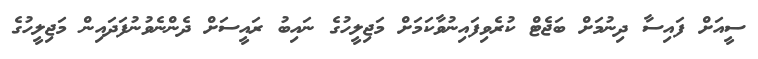
ސީއަށް ފައިސާ ދިނުމަށް ބަޖެޓް ކުރެވިފައިނުވާކަމަށް މަޖިލީހުގެ ނައިބު ރައީސަށް ދެންނެވުނުފަދައިން މަޖިލީހުގެ